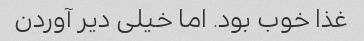
غذا خوب بود. اما خیلی دیر آوردن